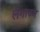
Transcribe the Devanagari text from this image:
लेगाटम